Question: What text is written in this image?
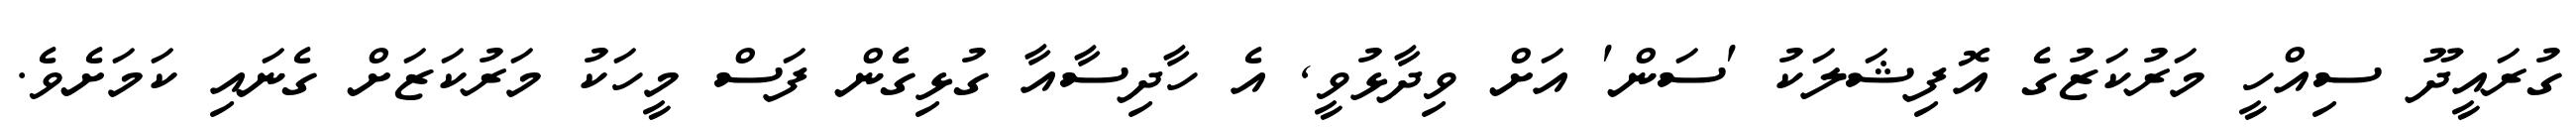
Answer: ގުރައީދޫ ސިއްހީ މަރުކަޒުގެ އޮފިޝަލަކު 'ސަން' އަށް ވިދާޅުވީ, އެ ހާދިސާއާ ގުޅިގެން ފަސް މީހަކު މަރުކަޒަށް ގެނައި ކަމަށެވެ.